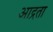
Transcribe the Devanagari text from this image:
आद्रता